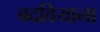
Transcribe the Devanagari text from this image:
बदवियाना